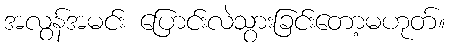
အလွန်အမင်း ပြောင်းလဲသွားခြင်းတော့မဟုတ်။